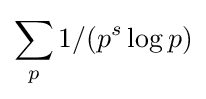
\sum _{p}1/(p^{s}\log p)